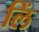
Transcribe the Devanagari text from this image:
लिं